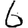
Digit: 6